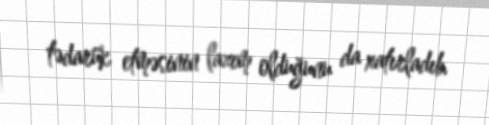
tədarük etməsinin lazım olduğunu da xatırladıb.